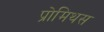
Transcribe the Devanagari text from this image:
प्रोमिथस